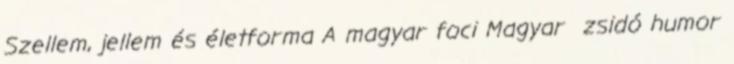
Szellem, jellem és életforma A magyar foci Magyar zsidó humor